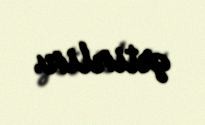
gətirlir.